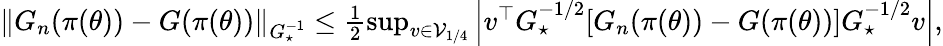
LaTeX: \begin{array}{r}{\left\lVert G_{n}(\pi(\theta))-G(\pi(\theta))\right\rVert_{G_{\star}^{-1}}\le\frac 12\operatorname*{sup}_{v\in\mathcal{V}_{1/4}}\left|v^{\top}G_{\star}^{-1/2}[G_{n}(\pi(\theta))-G(\pi(\theta))]G_{\star}^{-1/2}v\right|,}\end{array}